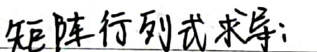
矩阵行列式求解：